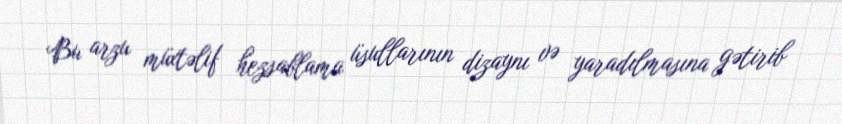
Bu arzu müxtəlif hezsablama üsullarının dizaynı və yaradılmasına gətirib